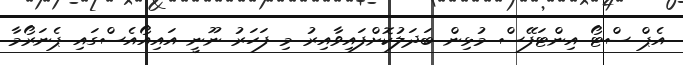
އެޕް ސްޓޯ އިންޓަފޭސް މުޅިން ބަދަލުކޮށްފައިވާއިރު މި ފަހަރު ނޫނީ އައިއޯއެސްގައި ޕެނަރޯމާ